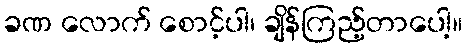
ခဏ လောက် စောင့်ပါ၊ ချိန်ကြည့်တာပေါ့။